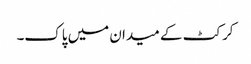
کرکٹ کے میدان میں پاک۔